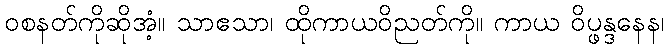
ဝစနတ်ကိုဆိုအံ့။ သာဧသာ၊ ထိုကာယဝိညတ်ကို။ ကာယ ဝိပ္ဖန္ဒနေန၊